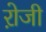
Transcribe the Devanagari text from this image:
रो़जी